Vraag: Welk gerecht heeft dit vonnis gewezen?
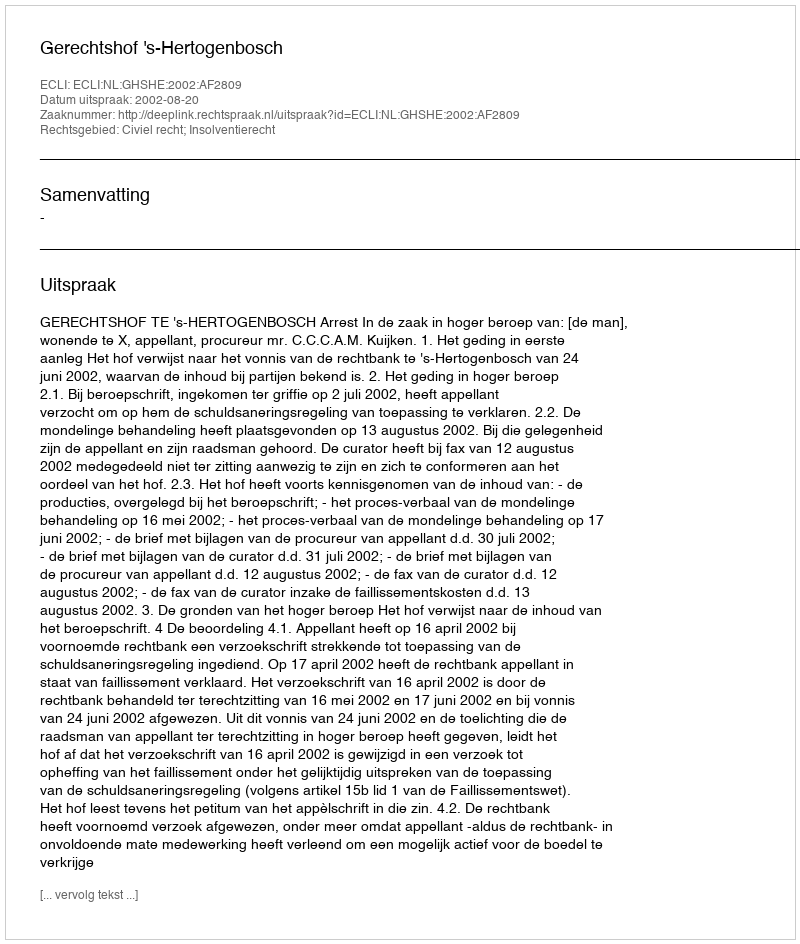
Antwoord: Gerechtshof 's-Hertogenbosch